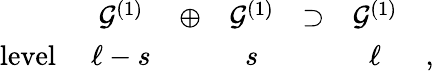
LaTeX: \begin{array}{rcccccc}{{}}&{{{\cal G}^{(1)}}}&{{\oplus}}&{{{\cal G}^{(1)}}}&{{\supset}}&{{{\cal G}^{(1)}}}&{{}}\\ {{\mathrm{level~}}}&{{\ell-s}}&{{}}&{{s}}&{{}}&{{\ell}}&{{,}}\end{array}